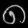
Digit: ၈